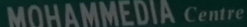
MOHAMMEDIA Centre